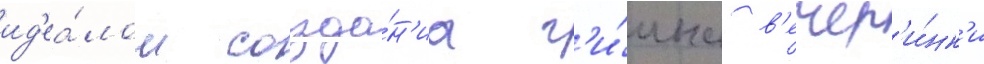
ид'еа́лом созда́н'иа г'и́мна в'ечер'и́нк'и